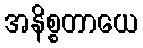
အနိစ္စတာယေ